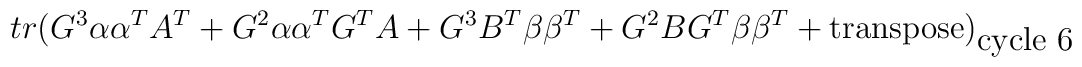
tr(G^3\alpha \alpha ^TA^T+G^2\alpha \alpha ^TG^TA+G^3B^T\beta	\beta ^T+G^2BG^T\beta \beta ^T+\mbox{transpose})_{\mbox{cycle 6}}